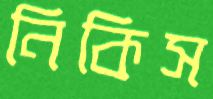
নিকিস